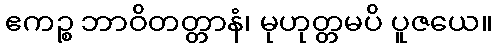
ဧကဉ္စ ဘာဝိတတ္တာနံ၊ မုဟုတ္တမပိ ပူဇယေ။